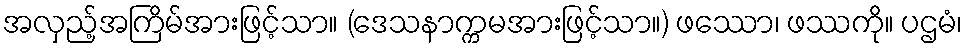
အလှည့်အကြိမ်အားဖြင့်သာ။ (ဒေသနာက္ကမအားဖြင့်သာ။) ဖဿော၊ ဖဿကို။ ပဌမံ၊